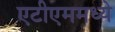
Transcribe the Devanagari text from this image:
एटीएममध्ये